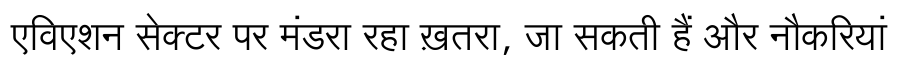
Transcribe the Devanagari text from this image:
एविएशन सेक्टर पर मंडरा रहा ख़तरा, जा सकती हैं और नौकरियां